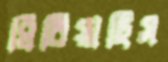
ঘিরিয়াছিস